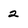
Character: 2